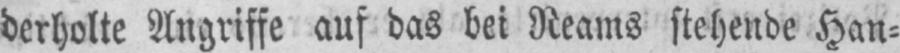
derholte Angriffe auf das bei Reams stehende Han⸗